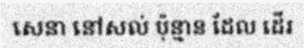
សេនា នៅសល់ ប៉ុន្មាន ដែល ដើរ